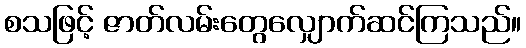
စသဖြင့် ဇာတ်လမ်းတွေလျှောက်ဆင်ကြသည်။